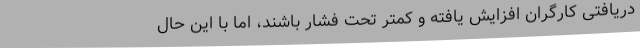
دریافتی کارگران افزایش یافته و کمتر تحت فشار باشند، اما با این حال